Tezpur Lunatic Asylum reports 1877-1894 - 1877-1894
Year: 1877
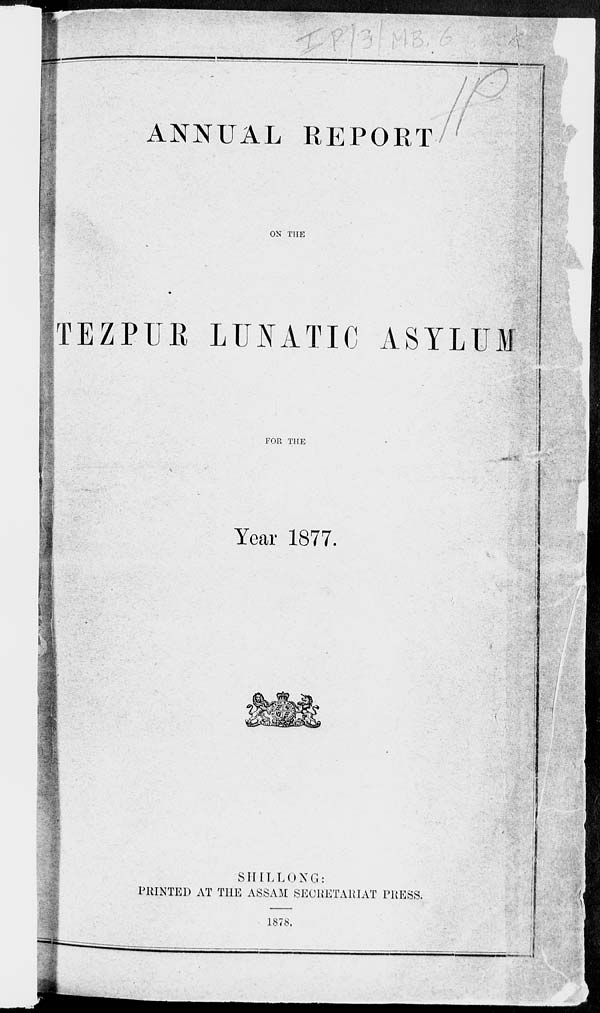
II...-
ANNUAL REPORT
/
ON THE
TEZPTJR LUNATIC ASYLUM
FOR THE
Year 1877.
SHILLONG:
PRINTED AT THE ASSAM SECRETARIAT PRESS.
1878.